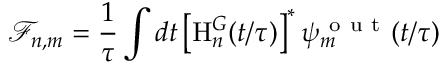
\mathcal { F } _ { n , m } = \frac { 1 } { \tau } \int d t \left[ \mathrm { H } _ { n } ^ { G } ( t / \tau ) \right] ^ { * } \psi _ { m } ^ { \mathrm { ~ o ~ u ~ t ~ } } ( t / \tau )